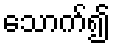
သောက်၍